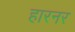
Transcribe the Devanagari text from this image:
हारनर